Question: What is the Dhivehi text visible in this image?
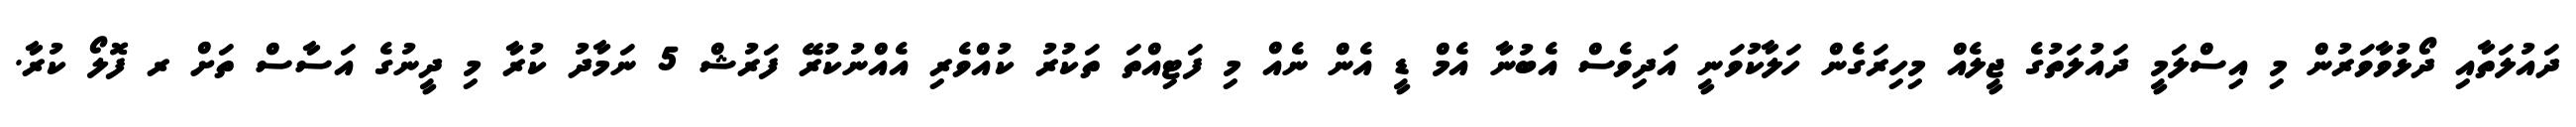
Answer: ދައުލަތާއި ދޯޅުވާވަރުން މި އިސްލަމީ ދައުލަތުގެ ޖީލެއް މިހިރަގެން ހަލާކުވަނީ އަދިވެސް އެބުނާ އެމް ޑީ އެން ނެއް މި ފަޓިއްތަ ތަކުރު ކުއްވެރި އެއްނުކުރޭ ފަރުޝް 5 ނަމާދު ކުރާ މި ދީނުގެ އަސާސް ތަށް ރ ފޮލޯ ކުރާ.